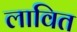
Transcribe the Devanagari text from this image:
लावित